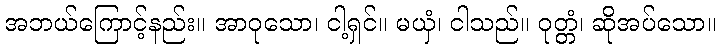
အဘယ်ကြောင့်နည်း။ အာဝုသော၊ ငါ့ရှင်။ မယှံ၊ ငါသည်။ ဝုတ္တံ၊ ဆိုအပ်သော။